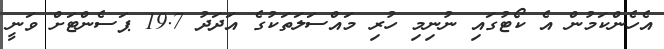
އެހެންކަމުން އެ ކޯޓުގައި ނުނިމި ހުރި މައްސަލަތަކުގެ އަދަދު 19.7 ޕަސެންޓަށް ވަނީ